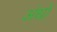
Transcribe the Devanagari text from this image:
अंधो